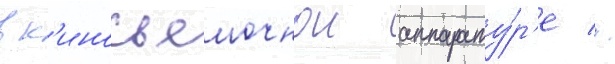
в к'иносъемочнои аппарату́р'е //